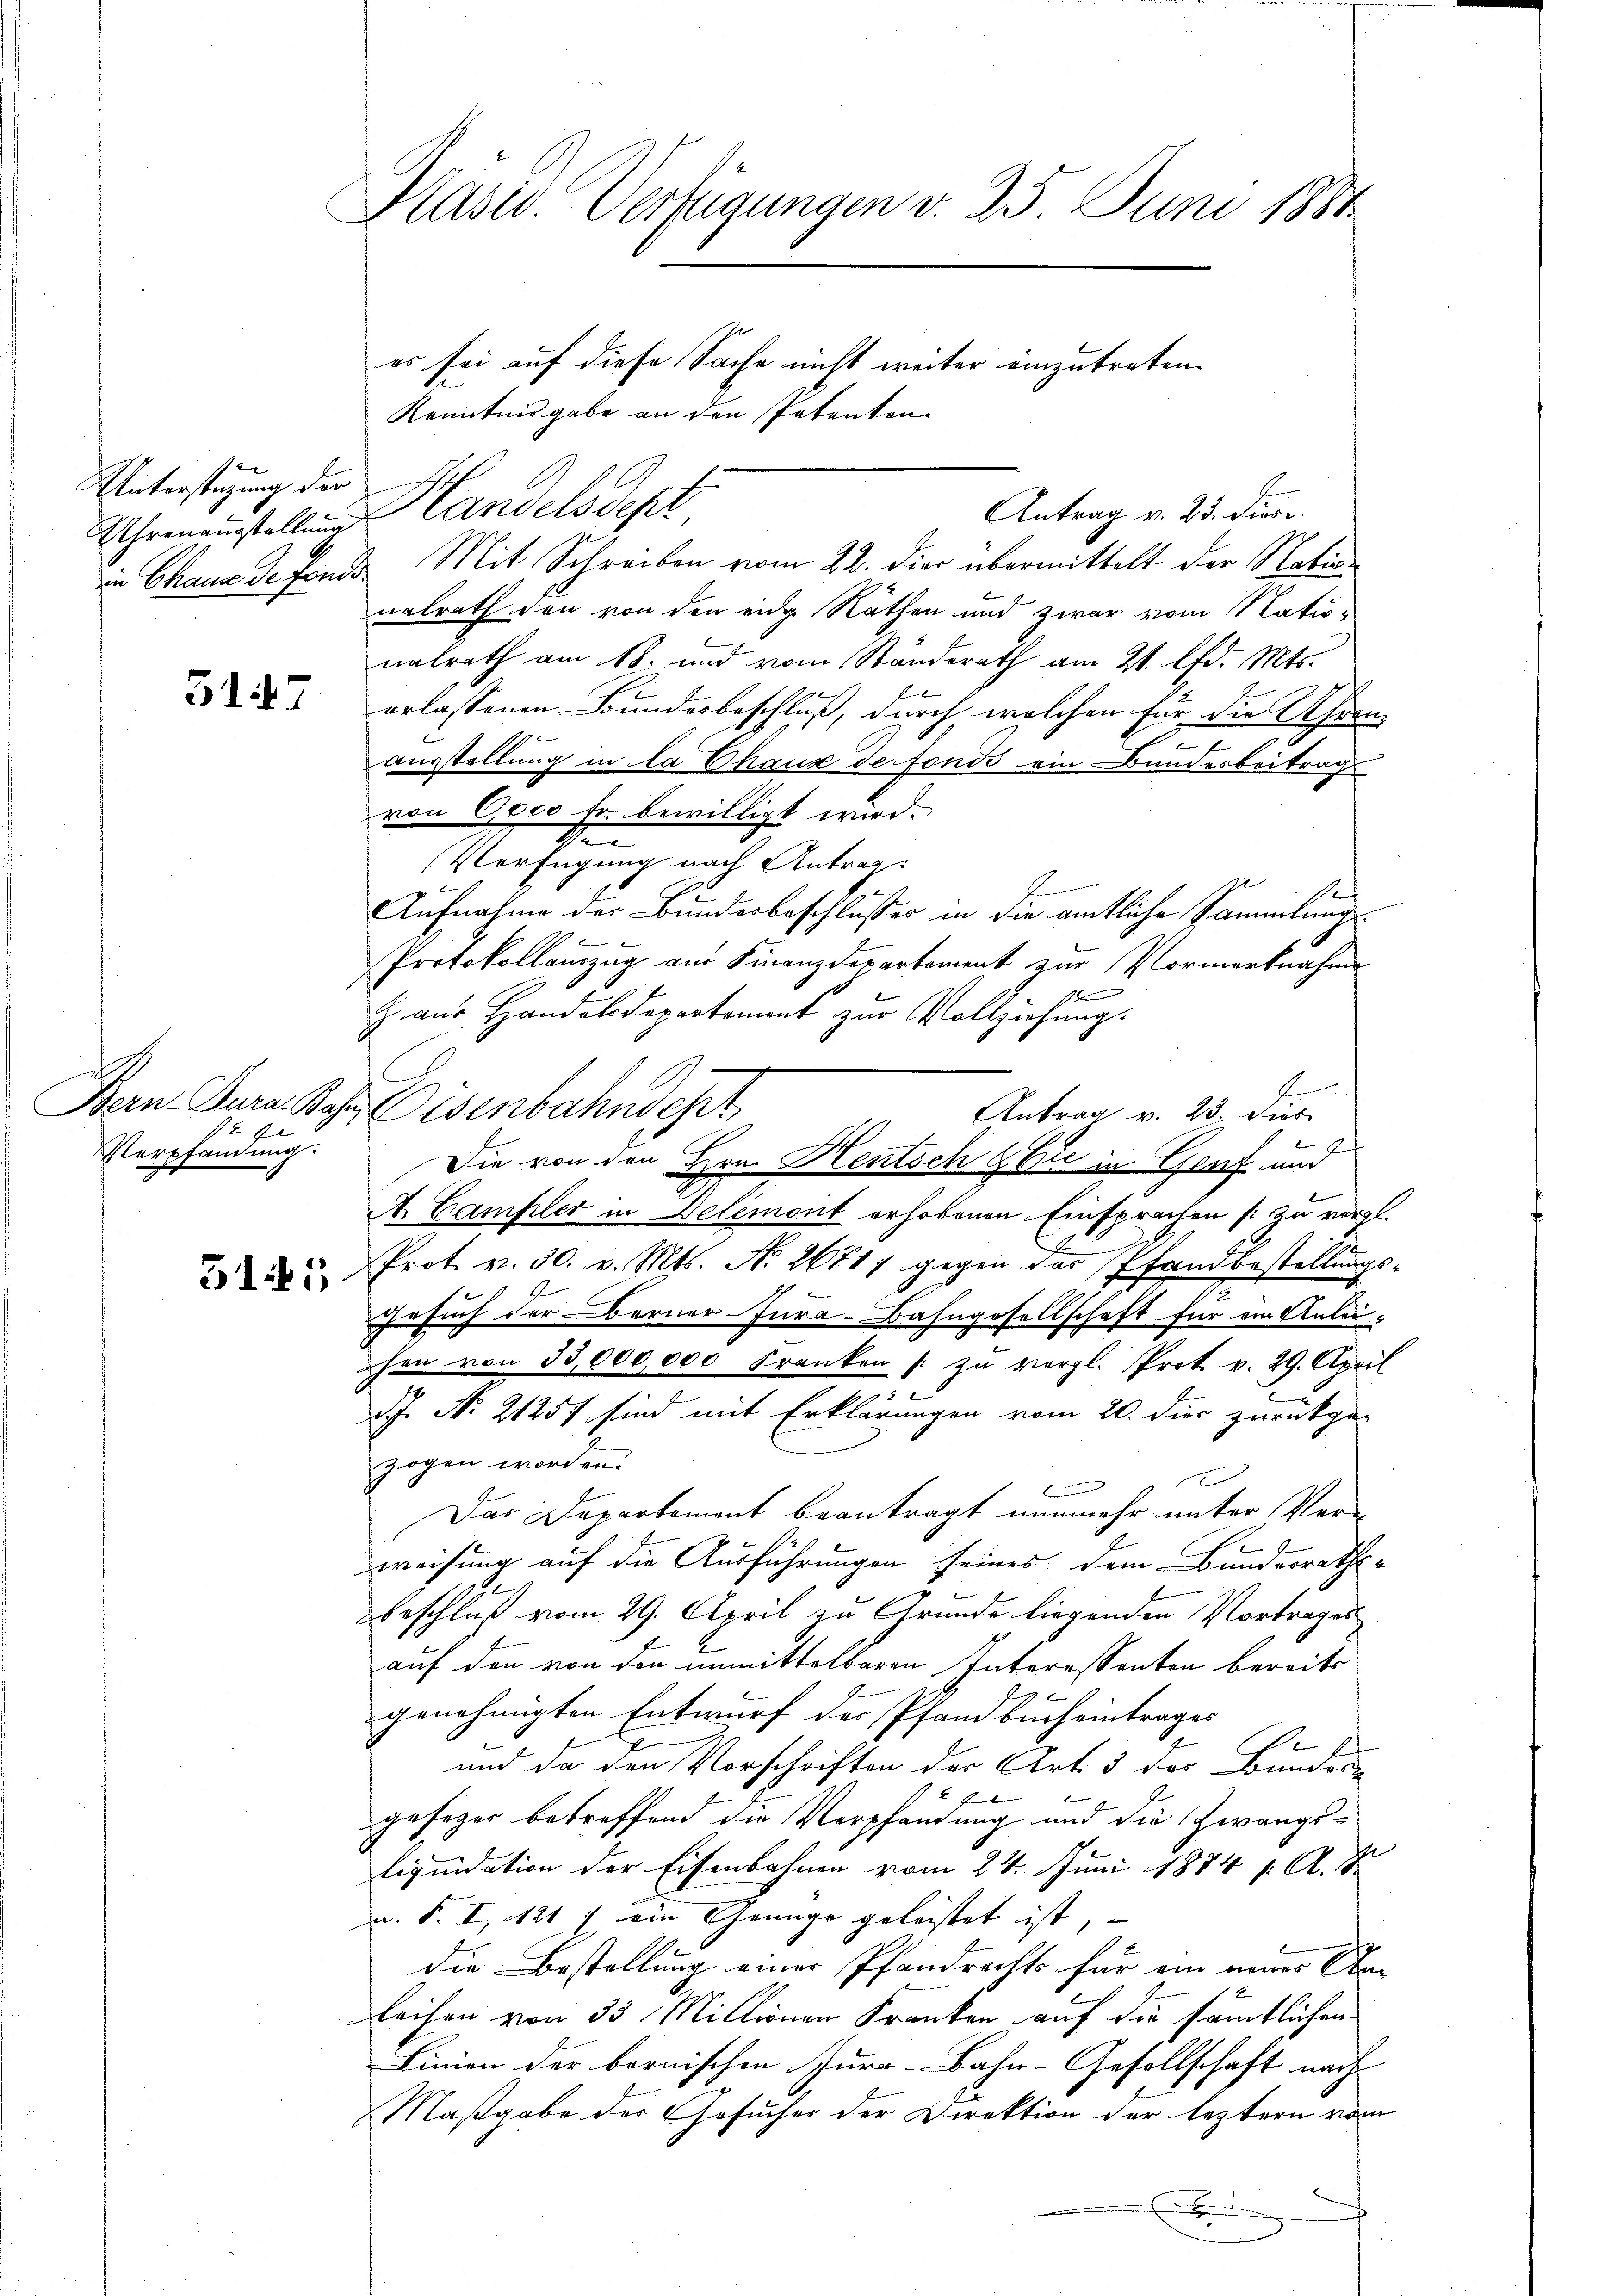
Unterstüzung der

5147

An Geleg
 E
Verpfandung.

5145

Kasiv. Verfügungen d. 25. Juni 1881

es sei auf diese Sache nicht weiter einzutreten.
Kenntnisgabe an den Patenten
Uhrmannstellung andels depr
in Chaux de fonds Mit Schreiben vom 22. die übermittelt der Nation
nalrath den von den eide Räthen und zwar vom Natio-
nalrath am 18. und vom Standerath am 21. d. Mts.
erlassenen Bundesbeschluß, durch welchen für die Uhren¬
I
ausstellung in la Chaux de fonds ein Bundesbeitrags
von 6000 Fr. bewilligt wird.
e
Verfügung nach Antrag:
Aufnahme der Bundesbeschlusser in die amtliche Sammlungs-
E
Protokollauszug aus Finanzdepartement zur Vormerknahme
t
Z. aus Handelsdepertoment zur Vollziehung.
t
Eisenbahndet
Antrag v. 23. dies
t
A. Campler in Delémont erhobenen Einsprachen (: Zu vergl.
Prot. v. 30. v. Mts. No. 26717 gegen das Pfandbestellungs¬
Gesuch der Berner-Jura-Bahngesellschaft für ein Anleihen von 33,000,000 Franken /: zu vergl. Prot. v. 29. April
z
d No. 21251 sind mit Erklärungen vom 20. dir zurückge-
zogen worden.
x
Das Departement beantragt nunmehr unter Ver-
weisung auf die Ausführungen seines dem Bundesraths-
e
beschluß vom 29. April zu Grunde liegenden Vortrages
auf den von den unmittelbaren Interessanten bereits
genehmigten Entwurf der Pfandbucheintrages
d
und da den Vorschriften der Art. 3 des Bundes
xx
gesezes betreffend die Verpfandung und die Zwangs-
liquidation der Eisenbahnen vom 24. Juni 1874 f. A. S.
u. S. I, 121 f. ein Genüge geleistet ist,
die Bestellung einer Pfandrechts für ein neuer An-
leihen von 33 Millionen Kranken auf die sämtlichen
Linien der bernischen Jura-Bahn-Gesellschaft nach
Maßgabe der Gesucher der Direktion der leztern vom
x

Die von den Hrn. Kentsch & Cie in Genf und

Antrag v. 23. Dioce